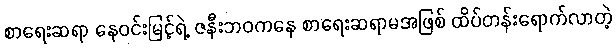
စာရေးဆရာ နေဝင်းမြင့်ရဲ့ ဇနီးဘဝကနေ စာရေးဆရာမအဖြစ် ထိပ်တန်းရောက်လာတဲ့